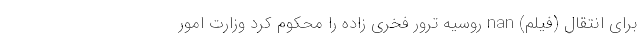
برای انتقال (فیلم) nan روسیه ترور فخری زاده را محکوم کرد وزارت امور